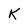
Character: K